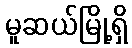
မူဆယ်မြို့ရှိ